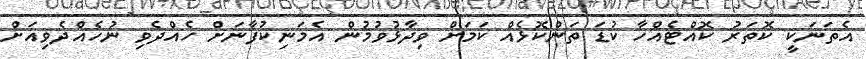
އެތަނަކީ ކޮތަރު ކޮއްޓެއްހާ ކުޑަ ތަންކޮޅެއް ކަމަށް ވިދާޅުވުމުން އެމަނިކުފާނަށް ހެއްދެވި ނުހެއްދެވިއަށް